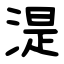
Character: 湜